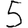
Digit: 5